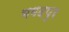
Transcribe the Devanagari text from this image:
भगदपुर